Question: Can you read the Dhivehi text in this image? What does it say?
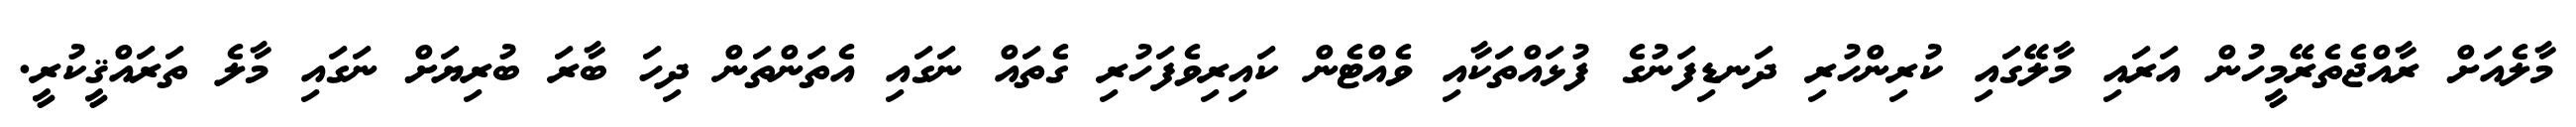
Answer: މާލެއަށް ރާއްޖެތެރޭމީހުން އަރައި މާލޭގައި ކުރިންހުރި ދަނޑިފަނުގެ ފުޅައްތަކާއި ވެއްޓެން ކައިރިވެފަހުރި ގެތައް ނަގައި އެތަންތަން ދިހަ ބާރަ ބުރިޔަށް ނަގައި މާލެ ތަރައްޤީކުރީ.